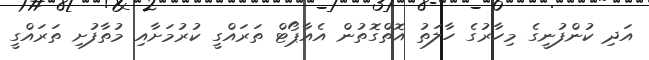
އަދި ކުންފުނީގެ މިހާރުގެ ހާލަތު އޮތްގޮތުން އެއާޕޯޓް ތަރައްގީ ކުރުމަށާއި މުތާފުށި ތަރައްގީ